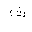
Letter: _tha